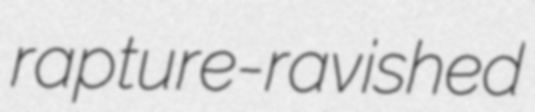
rapture-ravished